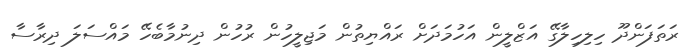
ރަތަފަންދޫ ހިލިހިލާގޭ އަޒްލީން އަހުމަދަށް ރައްޔިތުން މަޖިލީހުން ރުހުން ދިނުމާބެހޭ މައްސަލަ ދިރާސާ